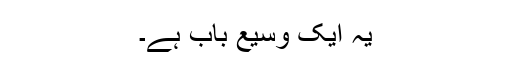
یہ ایک وسیع باب ہے۔